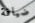
ضيافة